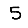
Digit: 5